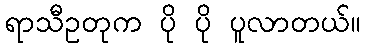
ရာသီဥတုက ပို ပို ပူလာတယ်။